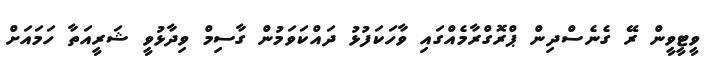
ވީޓީވީން ރޭ ގެނެސްދިން ޕްރޮގްރާމެއްގައި ވާހަކަފުޅު ދައްކަވަމުން ގާސިމް ވިދާޅުވީ ޝަރީއަތާ ހަމައަށް